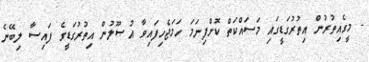
- މީގެއިތުރުން އިތުރުގަޑީގައި މަސައްކަތް ކޮށްފިނަމަ ހަމަޖެހިފައިވާ އުޞޫލުން އިތުރުގަޑީގެ ފައިސާ ލިބޭނެ